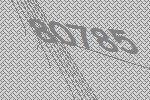
80785